Indian journal of veterinary science and animal husbandry - Volumes 28-29, 1958-1959
Year: 1958
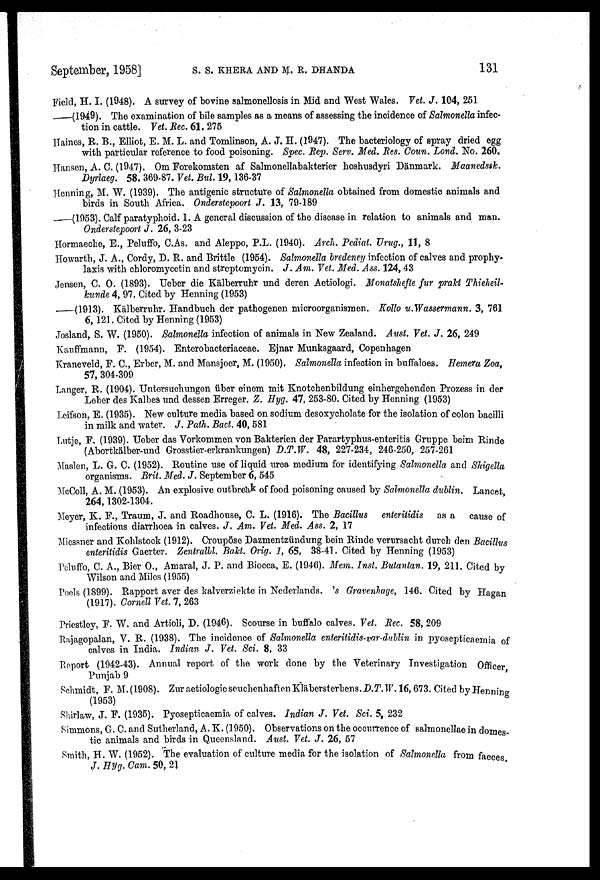
September, 1958]
S.S.
KHERA
AND
M.R.
DHANDA
131
Field, H. I. (1948). A survey of bovine salmonellosis in Mid and West Wales. Vet. J. 104, 251
—(1949).
The examination of bile samples as a means of assessing the incidence of Salmonella infec-
tion in cattle. Vet. Rec. 61. 275
Haines, R. B., Elliot, E. M. L. and Tomlinson, A. J. H. (1947). The bacteriology of spray dried egg
with particular reference to food poisoning. Spec. Rep. Serv. Med. Res. Coun. Lond. No. 260.
Hansen, A. C. (1947). Om Forekomsten af Salmonellabakterier hoshusdyri Dänmark. Maanedssk.
Dyrlaeg. 58. 369-87. Vet. Bul. 19, 136-37
Henning, M. W. (1939). The antigenic structure of Salmonella obtained from domestic animals and
birds in South Africa. Onderstepoort J. 13, 79-189
—(1953). Calf paratyphoid. 1. A general discussion of the disease in relation to animals and man.
Onderstepoort J. 26, 3-23
Hormaeche, E., Peluffo, C.As. and Aleppo, P.L. (1940). Arch. Pediat. Urug., 11, 8
Howarth, J. A., Cordy, D. R. and Brittle (1954). Salmonella bredeney infection of calves and prophy-
laxis with chloromycetin and streptomycin. J. Am. Vet. Med. Ass. 124, 43
Jensen, C. O. (1893). Ueber die Kälberruhr und deren Aetiologi. Monalshefte fur prakt Thieheil-
kunde 4, 97. Cited by Henning (1953)
—(1913).
Kälberruhr. Handbuch der pathogenen microorganismen. Kollo u. Wassermann. 3, 761
6, 121. Cited by Henning (1953)
Josland, S. W. (1950). Salmonella infection of animals in New Zealand. Aust. Vet. J. 26, 249
Kauffmann, F. (1954). Enterobacteriaceae. Ejnar Munksgaard, Copenhagen
Kraneveld, F. C., Erber, M. and Mansjoer, M. (1950). Salmonella infection in buffaloes. Hemera Zoa,
57, 304-309
Langer, R. (1904). Untersuchungen über einem mit Knotchenbildung einhergehenden Prozess in der
Leber des Kalbes und dessen Erreger. Z. Hyg. 47, 253-80. Cited by Henning (1953)
Leifson, E. (1935). New culture media based on sodium desoxycholate for the isolation of colon bacilli
in milk and water. J. Path. Bact. 40, 581
Lutje, F. (1939). Ueber das Vorkommen von Bakterien der Parartyphus-enteritis Gruppe beim Rinde
(Abortkälber-und Grosstier-erkrankungen) D.T.W. 48, 227-234, 246-250, 257-261
Maslen, L. G. C. (1952). Routine use of liquid urea medium for identifying Salmonella and Shigella
organisms. Brit. Med. J. September 6, 545
McColl, A. M. (1953). An explosive outbreak of food poisoning caused by Salmonella dublin. Lancet,
264, 1302-1304.
Meyer, K. F., Traum, J. and Roadhouse, C. L. (1916). The Bacillus enteritidis as a cause of
infectious diarrhoea in calves. J. Am. Vet. Med. Ass. 2, 17
Miessner and Kohlstock (1912). Croupöse Dazmentzündung bein Rinde verursacht durch den Bacillus
enteritidis Gaerter. Zentralbl. Bakt. Orig. 1, 65, 38-41. Cited by Henning (1953)
Peluffo, C. A., Bier O., Amaral, J. P. and Biocca, E. (1946). Mem. Inst. Butantan. 19, 211. Cited by
Wilson and Miles (1955)
Poels (1899). Rapport aver des kalverziekte in Nederlands. 's Gravenhage, 146. Cited by Hagan
(1917). Cornell Vet. 7, 263
Priestley, F. W. and Artioli, D. (1946). Scourse in buffalo calves. Vet. Rec. 58, 209
Rajagopalan, V. R. (1938). The incidence of Salmonella enteritidis-var-dublin in pyosepticaemia of
calves in India. Indian J. Vet. Sci. 8, 33
Report (1942-43). Annual report of the work done by the Veterinary Investigation Officer,
Punjab 9
Schmidt, F. M. (1908). Zur aetiologie seuchenhaften Kläbersterbens. D.T. W. 16, 673. Cited by Henning
(1953)
Shirlaw, J. F. (1935). Pyosepticaemia of calves. Indian J. Vet. Sci. 5, 232
Simmons, G. C. and Sutherland, A. K. (1950). Observations on the occurrence of salmonellae in domes-
tic animals and birds in Queensland. Aust. Vet. J. 26, 57
Smith, H. W. (1952). The evaluation of culture media for the isolation of Salmonella from faeces.
J. Hyg. Cam. 50, 21